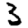
Digit: 3